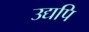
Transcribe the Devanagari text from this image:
उद्यपि